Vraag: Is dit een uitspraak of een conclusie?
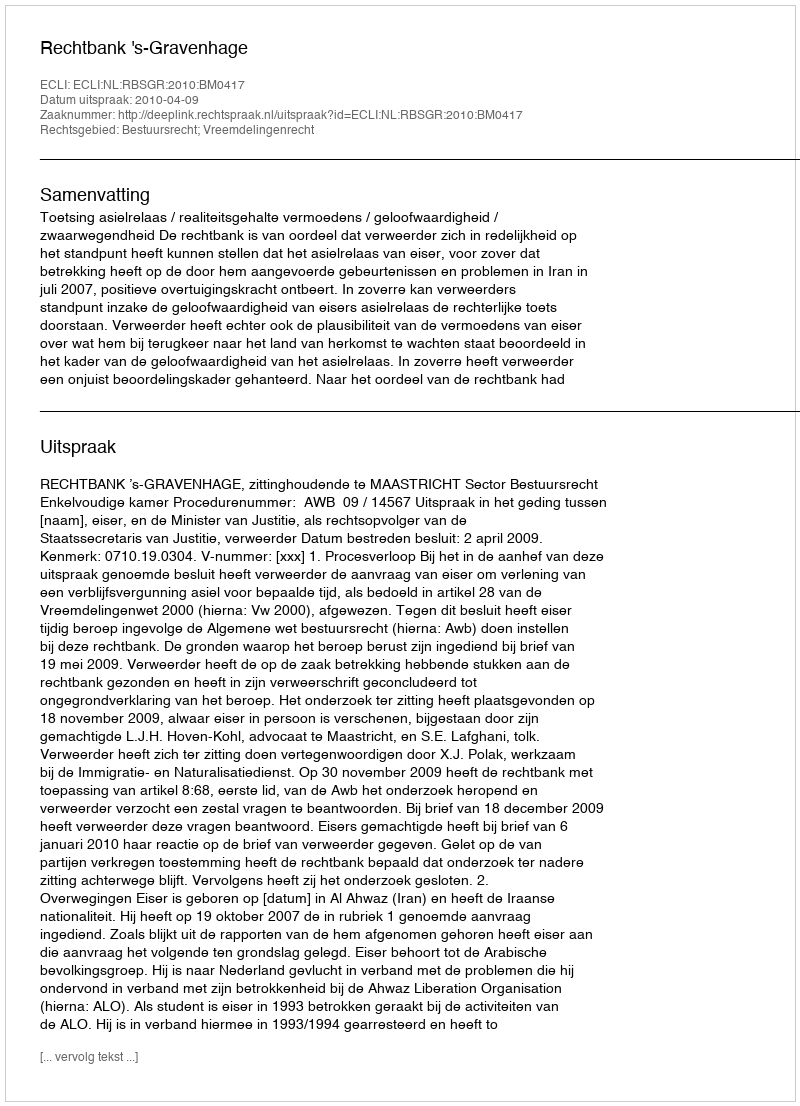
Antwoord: Uitspraak